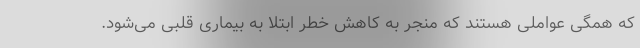
که همگی عواملی هستند که منجر به کاهش خطر ابتلا به بیماری قلبی می‌شود.